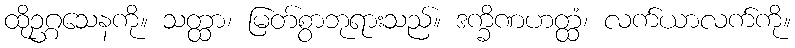
ထိုဥဂ္ဂသေနကို။ သတ္ထာ၊ မြတ်စွာဘုရားသည်။ ဒက္ခိဏဟတ္ထံ၊ လက်ယာလက်ကို။